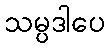
သမ္ပဒါပေ